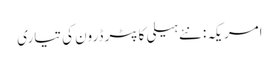
امریکہ: نئے ہیلی کاپٹر ڈرون کی تیاری